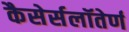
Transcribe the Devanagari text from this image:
कैसेर्सलॉतेर्ण